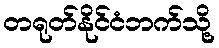
တရုတ်နိုင်ငံဘက်သို့